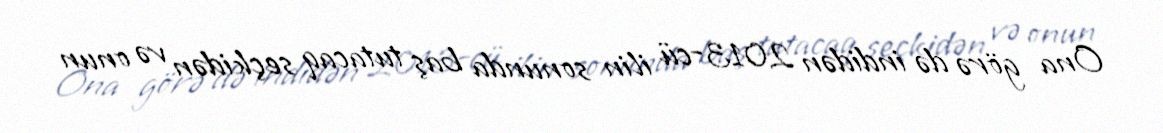
Ona görə də indidən 2013-cü ilin sonunda baş tutacaq seçkidən və onun